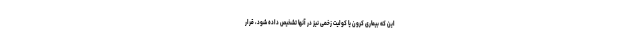
این که بیماری کرون یا کولیت زخمی نیز در آنها تشخیص داده شود، قرار